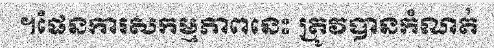
។ផែនការសកម្មភាពនេះ ត្រូវបានកំណត់